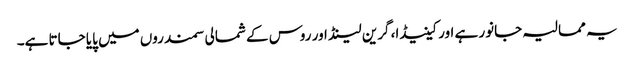
یہ ممالیہ جانور ہے اور کینیڈا، گرین لینڈ اور روس کے شمالی سمندروں میں پایا جاتا ہے۔